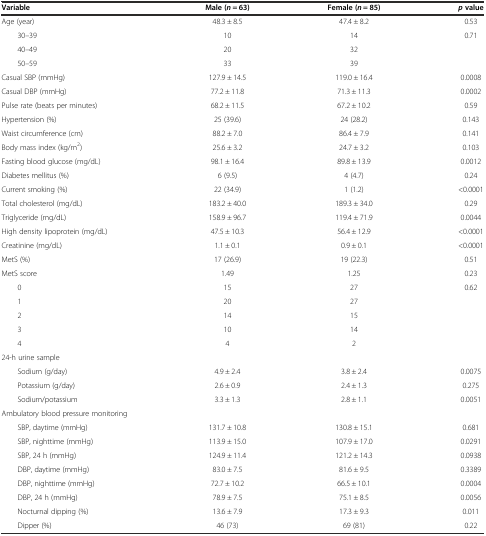
<table><thead><tr><td><b>Variable</b></td><td><b>Male (<i>n</i> = 63)</b></td><td><b>Female (<i>n</i> = 85)</b></td><td><b><i>p</i>value</b></td></tr></thead><tbody><tr><td>Age (year)</td><td>48.3 ± 8.5</td><td>47.4 ± 8.2</td><td>0.53</td></tr><tr><td>30–39</td><td>10</td><td>14</td><td>0.71</td></tr><tr><td>40–49</td><td>20</td><td>32</td><td></td></tr><tr><td>50–59</td><td>33</td><td>39</td><td></td></tr><tr><td>Casual SBP (mmHg)</td><td>127.9 ± 14.5</td><td>119.0 ± 16.4</td><td>0.0008</td></tr><tr><td>Casual DBP (mmHg)</td><td>77.2 ± 11.8</td><td>71.3 ± 11.3</td><td>0.0002</td></tr><tr><td>Pulse rate (beats per minutes)</td><td>68.2 ± 11.5</td><td>67.2 ± 10.2</td><td>0.59</td></tr><tr><td>Hypertension (%)</td><td>25 (39.6)</td><td>24 (28.2)</td><td>0.143</td></tr><tr><td>Waist circumference (cm)</td><td>88.2 ± 7.0</td><td>86.4 ± 7.9</td><td>0.141</td></tr><tr><td>Body mass index (kg/m<sup>2</sup>)</td><td>25.6 ± 3.2</td><td>24.7 ± 3.2</td><td>0.103</td></tr><tr><td>Fasting blood glucose (mg/dL)</td><td>98.1 ± 16.4</td><td>89.8 ± 13.9</td><td>0.0012</td></tr><tr><td>Diabetes mellitus (%)</td><td>6 (9.5)</td><td>4 (4.7)</td><td>0.24</td></tr><tr><td>Current smoking (%)</td><td>22 (34.9)</td><td>1 (1.2)</td><td>&lt;0.0001</td></tr><tr><td>Total cholesterol (mg/dL)</td><td>183.2 ± 40.0</td><td>189.3 ± 34.0</td><td>0.29</td></tr><tr><td>Triglyceride (mg/dL)</td><td>158.9 ± 96.7</td><td>119.4 ± 71.9</td><td>0.0044</td></tr><tr><td>High density lipoprotein (mg/dL)</td><td>47.5 ± 10.3</td><td>56.4 ± 12.9</td><td>&lt;0.0001</td></tr><tr><td>Creatinine (mg/dL)</td><td>1.1 ± 0.1</td><td>0.9 ± 0.1</td><td>&lt;0.0001</td></tr><tr><td>MetS (%)</td><td>17 (26.9)</td><td>19 (22.3)</td><td>0.51</td></tr><tr><td>MetS score</td><td>1.49</td><td>1.25</td><td>0.23</td></tr><tr><td>0</td><td>15</td><td>27</td><td>0.62</td></tr><tr><td>1</td><td>20</td><td>27</td><td></td></tr><tr><td>2</td><td>14</td><td>15</td><td></td></tr><tr><td>3</td><td>10</td><td>14</td><td></td></tr><tr><td>4</td><td>4</td><td>2</td><td></td></tr><tr><td>24-h urine sample</td><td></td><td></td><td></td></tr><tr><td>Sodium (g/day)</td><td>4.9 ± 2.4</td><td>3.8 ± 2.4</td><td>0.0075</td></tr><tr><td>Potassium (g/day)</td><td>2.6 ± 0.9</td><td>2.4 ± 1.3</td><td>0.275</td></tr><tr><td>Sodium/potassium</td><td>3.3 ± 1.3</td><td>2.8 ± 1.1</td><td>0.0051</td></tr><tr><td>Ambulatory blood pressure monitoring</td><td></td><td></td><td></td></tr><tr><td>SBP, daytime (mmHg)</td><td>131.7 ± 10.8</td><td>130.8 ± 15.1</td><td>0.681</td></tr><tr><td>SBP, nighttime (mmHg)</td><td>113.9 ± 15.0</td><td>107.9 ± 17.0</td><td>0.0291</td></tr><tr><td>SBP, 24 h (mmHg)</td><td>124.9 ± 11.4</td><td>121.2 ± 14.3</td><td>0.0938</td></tr><tr><td>DBP, daytime (mmHg)</td><td>83.0 ± 7.5</td><td>81.6 ± 9.5</td><td>0.3389</td></tr><tr><td>DBP, nighttime (mmHg)</td><td>72.7 ± 10.2</td><td>66.5 ± 10.1</td><td>0.0004</td></tr><tr><td>DBP, 24 h (mmHg)</td><td>78.9 ± 7.5</td><td>75.1 ± 8.5</td><td>0.0056</td></tr><tr><td>Nocturnal dipping (%)</td><td>13.6 ± 7.9</td><td>17.3 ± 9.3</td><td>0.011</td></tr><tr><td>Dipper (%)</td><td>46 (73)</td><td>69 (81)</td><td>0.22</td></tr></tbody></table>